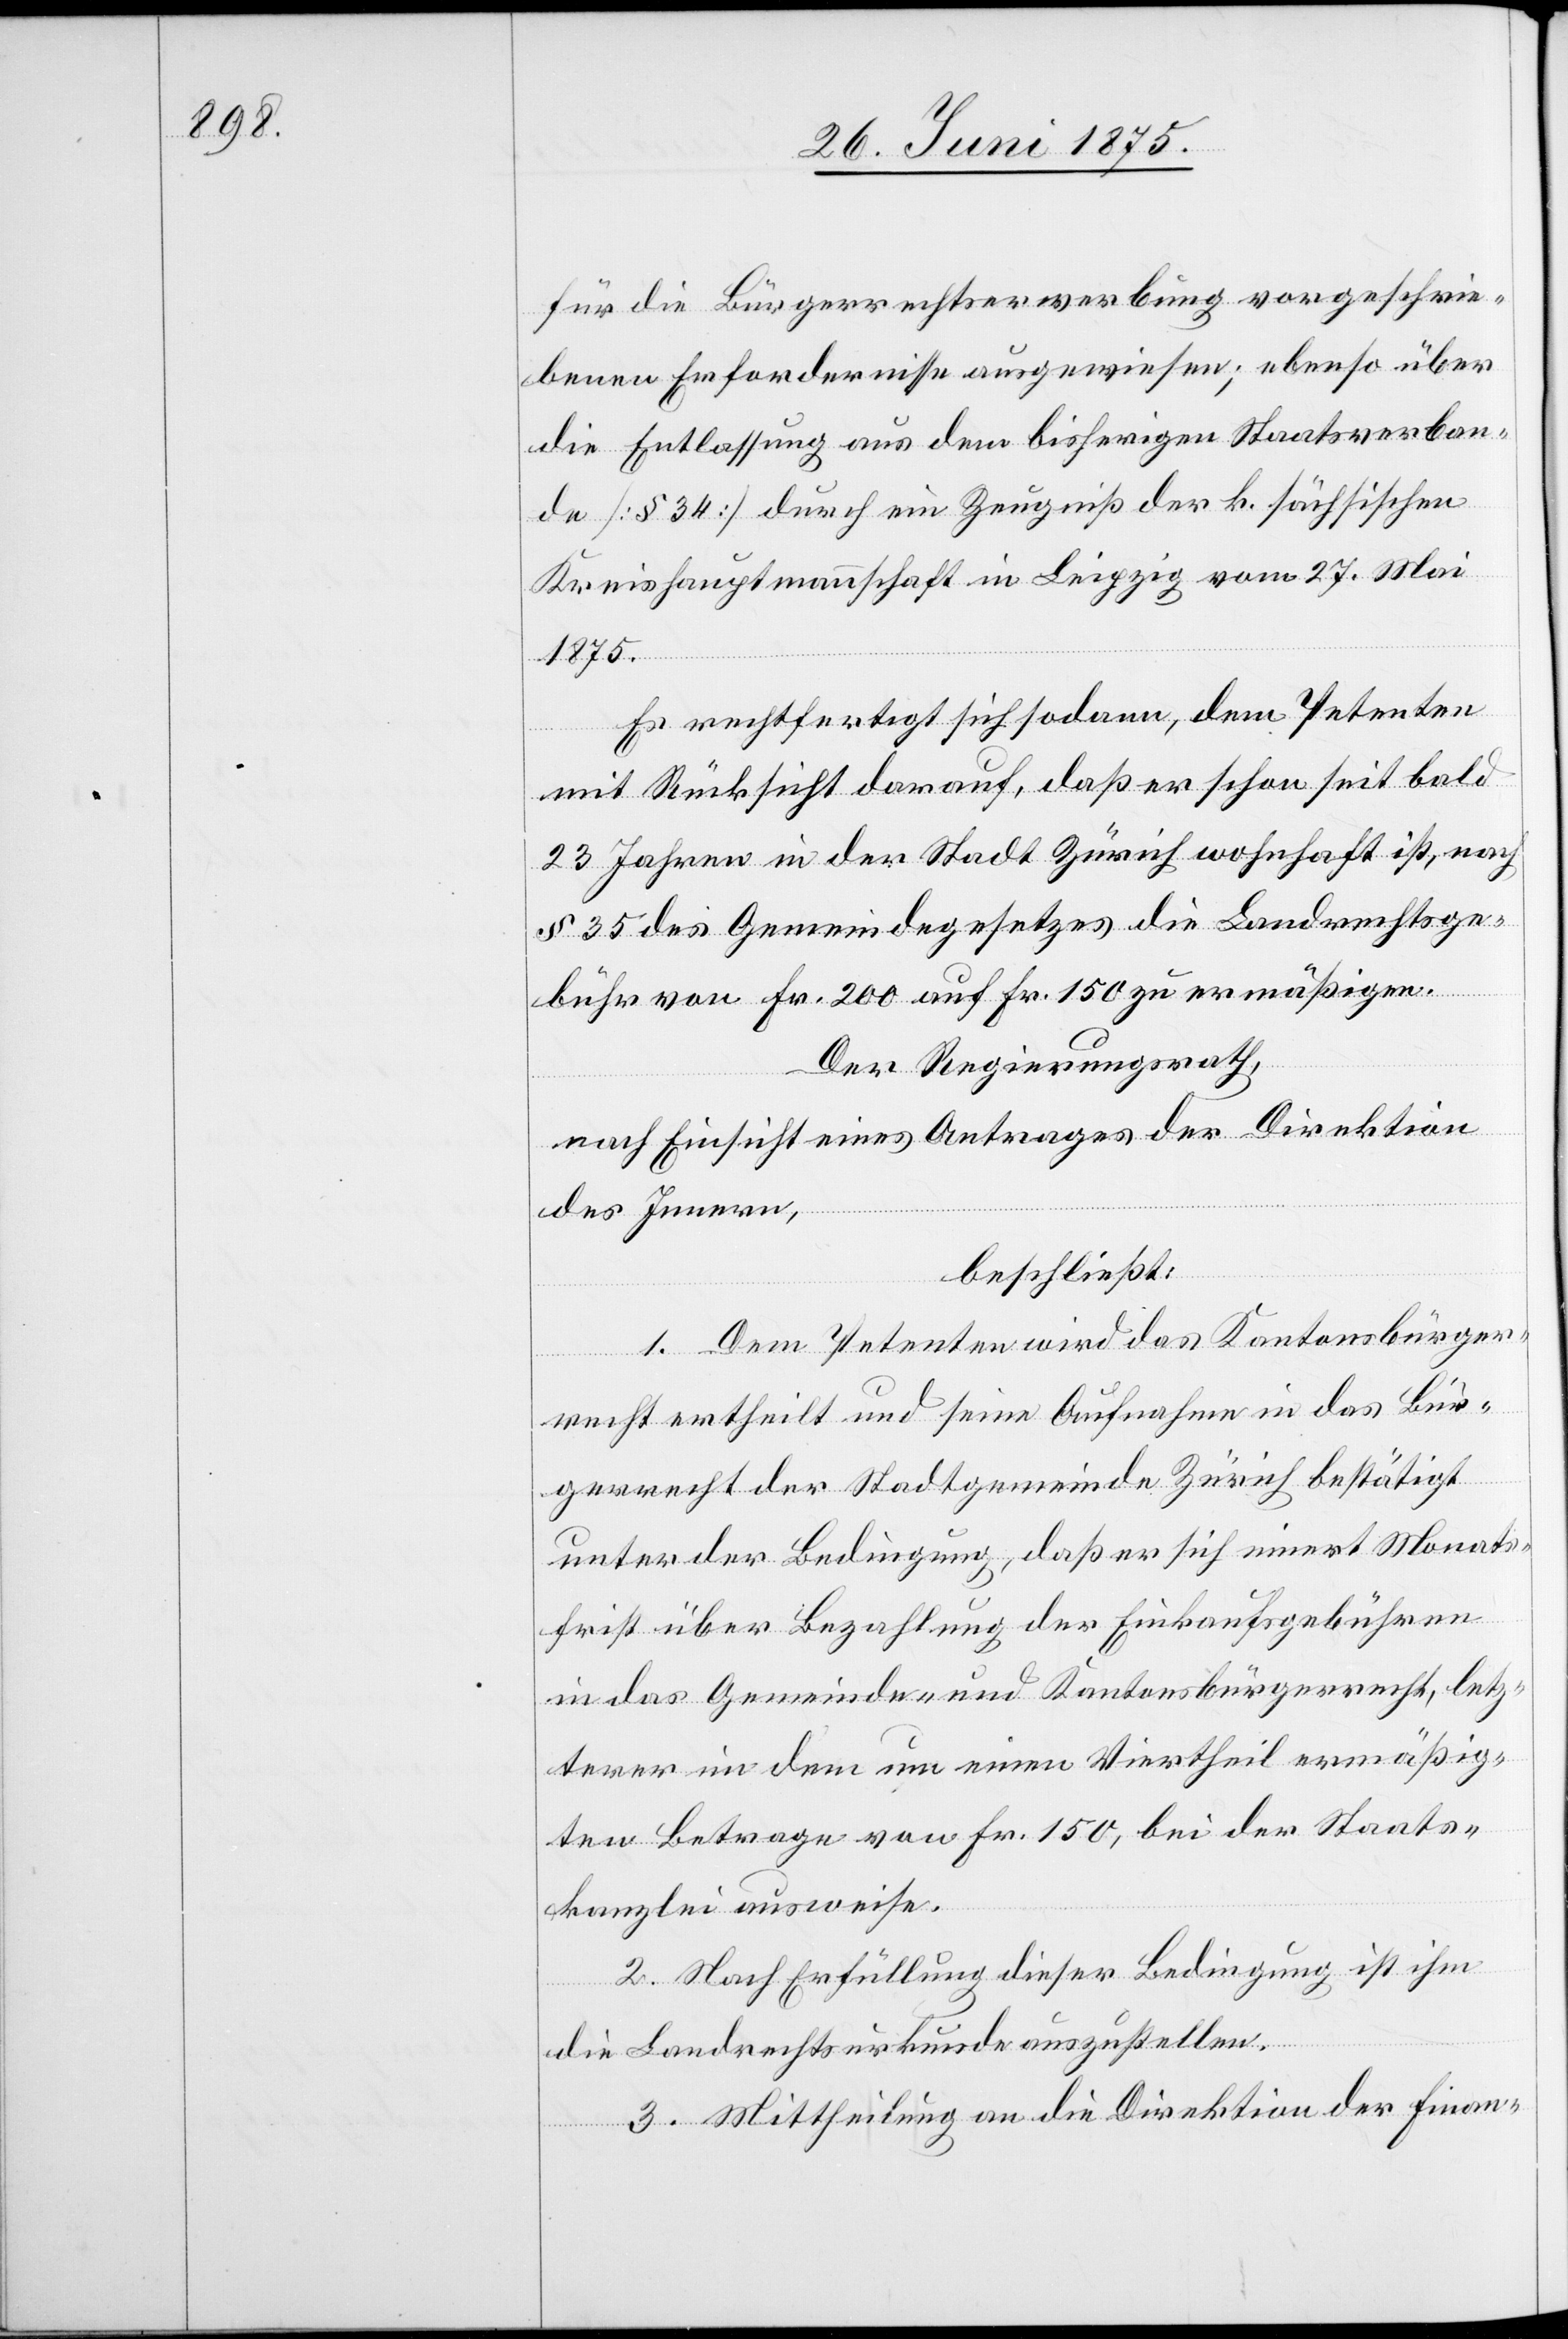
für die Bürgerrechtserwerbung vorgeschrie¬
benen Erfordernisse ausgewiesen, ebenso über
die Entlassung aus dem bisherigen Staatsverban¬
de [§ 34] durch ein Zeugniß der k. sächsischen
Kreishauptmannschaft in Leipzig vom 27. Mai
1875.
Es rechtfertigt sich sodann, dem Petenten
mit Rücksicht darauf, daß er schon seit bald
23 Jahren in der Stadt Zürich wohnhaft ist, nach
§ 35 des Gemeindegesetzes die Landrechtsge¬
bühr von Fr. 200 auf Fr. 150 zu ermäßigen.
Der Regierungsrath,
nach Einsicht eines Antrages der Direktion
erer
des Innern,
beschließt:
1. Dem Petenten wird das kantonsbürge¬
recht ertheilt und seine Aufnahme in das Bür¬
gerrecht der Stadtgemeinde Zürich bestätigt
unter der Bedingung, daß er sich innert Monats¬
frist über Bezahlung der Einkaufsgebühren
in das Gemeinde- und Kantonsbürgerrecht, letzt¬
im Betrage von Fr. 150, bei der Staats¬
kanzlei ausweise.
2. Nach Erfüllung dieser Bedingung ist ihm
die Landrechtsurkunde auszustellen.
3. Mittheilung an die Direktion der Finan-